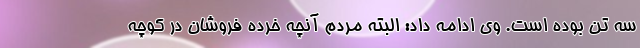
سه تن بوده است. وی ادامه داد: البته مردم آنچه خرده فروشان در کوچه